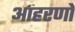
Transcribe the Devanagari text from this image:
आहरणों